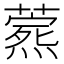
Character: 𬋎